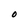
Character: O